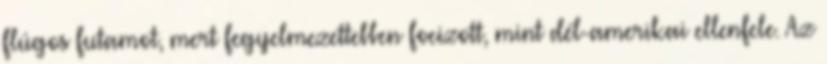
flúgos futamot, mert fegyelmezettebben focizott, mint dél-amerikai ellenfele. Az